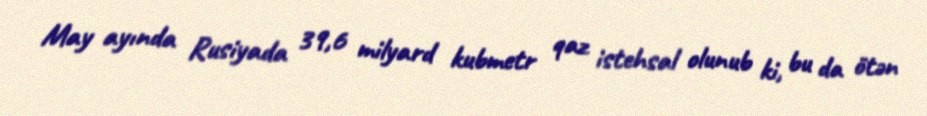
May ayında Rusiyada 39,6 milyard kubmetr qaz istehsal olunub ki, bu da ötən